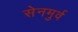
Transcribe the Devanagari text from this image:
सेनमुर्व